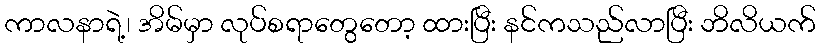
ကာလနာရဲ့၊ အိမ်မှာ လုပ်စရာတွေတော့ ထားပြီး နင်ကသည်လာပြီး ဘိလိယက်